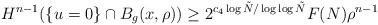
LaTeX: \begin{align*} H^{n-1}(\{u=0 \} \cap B_g(x,\rho)) \geq 2^{c_4 \log \tilde N / \log\log \tilde N} F(N) \rho^{n-1}\end{align*}